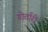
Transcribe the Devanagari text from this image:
गोर्तारी